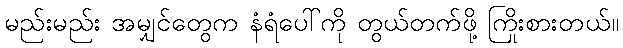
မည်းမည်း အမျှင်တွေက နံရံပေါ်ကို တွယ်တက်ဖို့ ကြိုးစားတယ်။